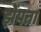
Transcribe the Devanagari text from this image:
झेंपता